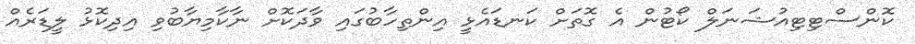
ކޮންސްޓިޓިއުޝަނަލް ކޯޓުން އެ ގޮތަށް ކަނޑައެޅީ އިންތިހާބުގައި ވާދަކޮށް ނާކާމިޔާބުވި އިދިކޮޅު ލީޑަރެއް